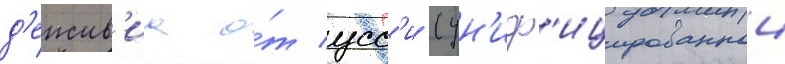
д'еиств'иа о́т усс'и (ун'иф'ицированнои